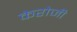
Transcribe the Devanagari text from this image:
केरोजी